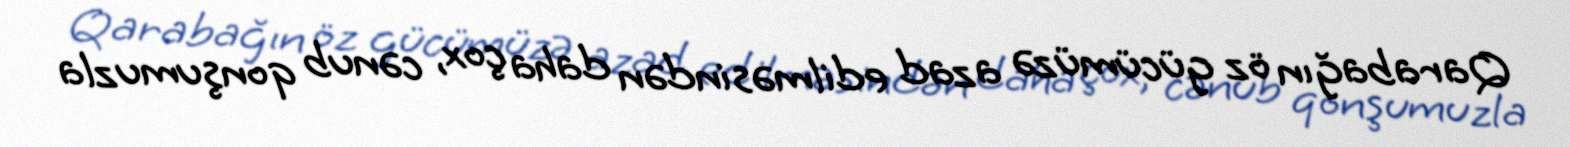
Qarabağın öz gücümüzə azad edilməsindən daha çox, cənub qonşumuzla